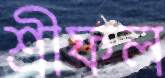
শ্রীফল